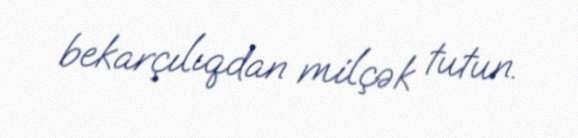
bekarçılıqdan milçək tutun.